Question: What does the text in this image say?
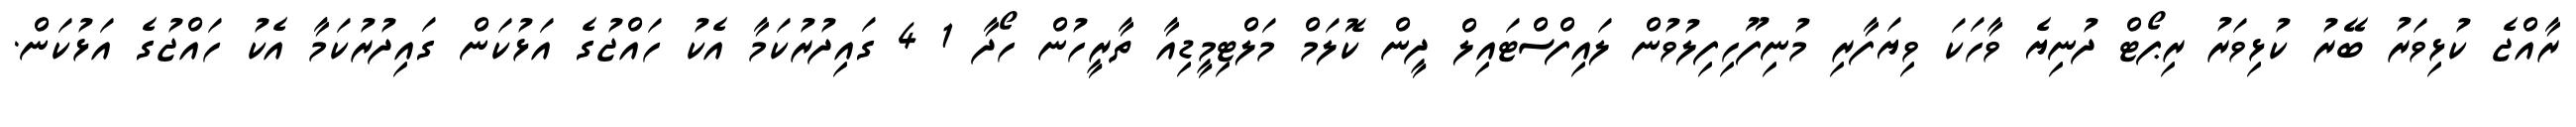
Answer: ރާއްޖެ ކުޅިވަރު ބޭރު ކުޅިވަރު ރިޕޯޓް ދުނިޔެ ވާހަކަ ވިޔަފާރި މުނިފޫހިފިލުވުން ލައިފްސްޓައިލް ދީން ކޮލަމް މަލްޓިމީޑިއާ ތާރީހުން ހޯދާ 1 4 ގައިދުރުކަމާ އެކު ހައްޖުގެ އަޅުކަން ގައިދުރުކަމާ އެކު ހައްޖުގެ އަޅުކަން.